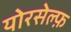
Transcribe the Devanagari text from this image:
योरसेल्फ़